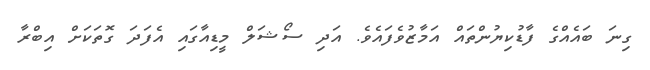
ގިނަ ބައެއްގެ ފާޑުކިޔުންތައް އަމާޒުވެފައެވެ. އަދި ސޯޝަލް މީޑިއާގައި އެފަދަ ގޮތަކަށް އިބްރާ